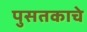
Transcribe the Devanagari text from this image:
पुसतकाचे